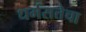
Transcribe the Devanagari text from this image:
धर्मसत्तेचा